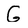
Character: G